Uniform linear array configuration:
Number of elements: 32
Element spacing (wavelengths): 0.5
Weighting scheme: uniform
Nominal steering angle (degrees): -30
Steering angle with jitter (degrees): -28.091
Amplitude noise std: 0.05
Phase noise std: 0.05

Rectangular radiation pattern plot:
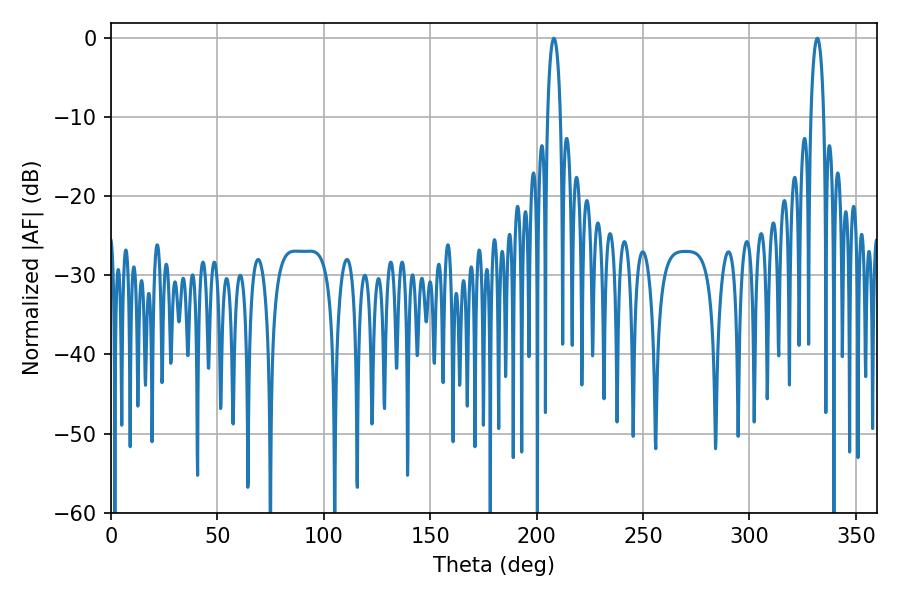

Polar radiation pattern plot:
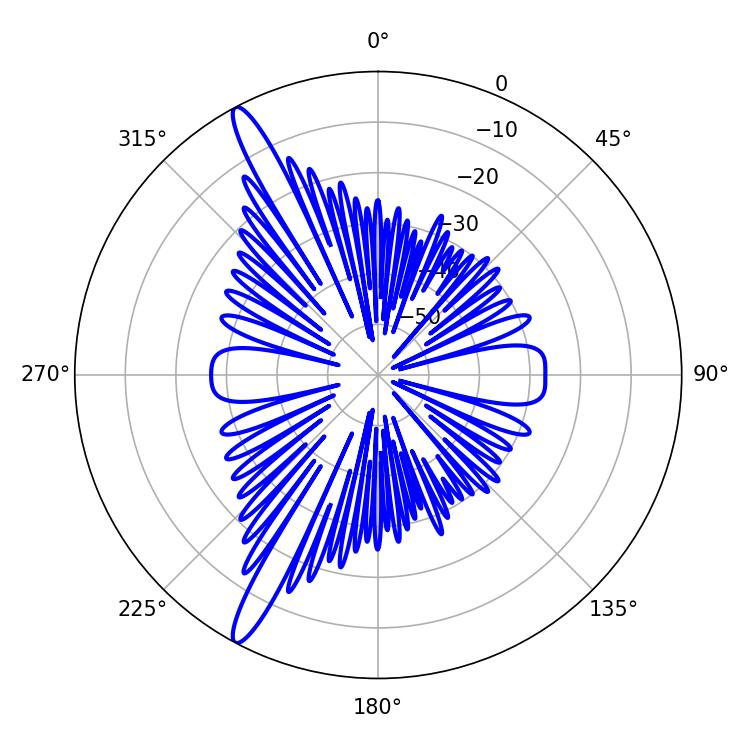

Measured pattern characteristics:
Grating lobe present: FALSE
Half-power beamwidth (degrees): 3.42
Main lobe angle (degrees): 208.08